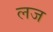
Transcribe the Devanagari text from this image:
लज